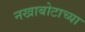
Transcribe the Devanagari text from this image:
नखाबोटाच्या